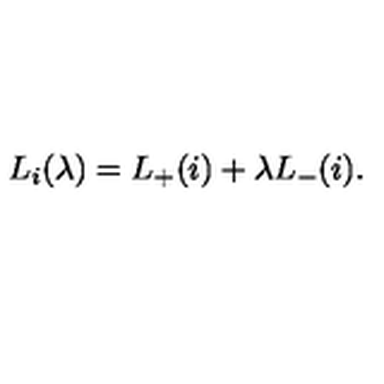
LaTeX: L _ { i } ( \lambda ) = L _ { + } ( i ) + \lambda L _ { - } ( i ) .